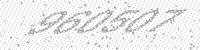
Solution: 960507